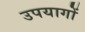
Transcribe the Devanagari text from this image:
उपयागों